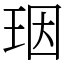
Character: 珚